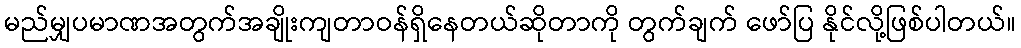
မည်မျှပမာဏအတွက်အချိုးကျတာဝန်ရှိနေတယ်ဆိုတာကို တွက်ချက် ဖော်ပြ နိုင်လို့ဖြစ်ပါတယ်။